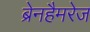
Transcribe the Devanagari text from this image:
ब्रेनहैमरेज